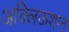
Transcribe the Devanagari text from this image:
अक्लिऊशान